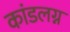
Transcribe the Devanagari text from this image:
कांडलग्न